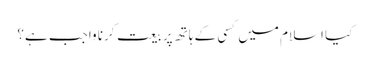
کیا اسلام میں کسی کے ہاتھ پر بیعت کرنا واجب ہے؟